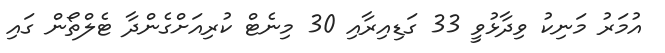
އުމަރު މަނިކު ވިދާޅުވީ 33 ގަޑިއިރާއި 30 މިނެޓް ކުރިއަށްގެންދާ ޓެލްތޯން ގައި